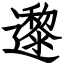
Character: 邌